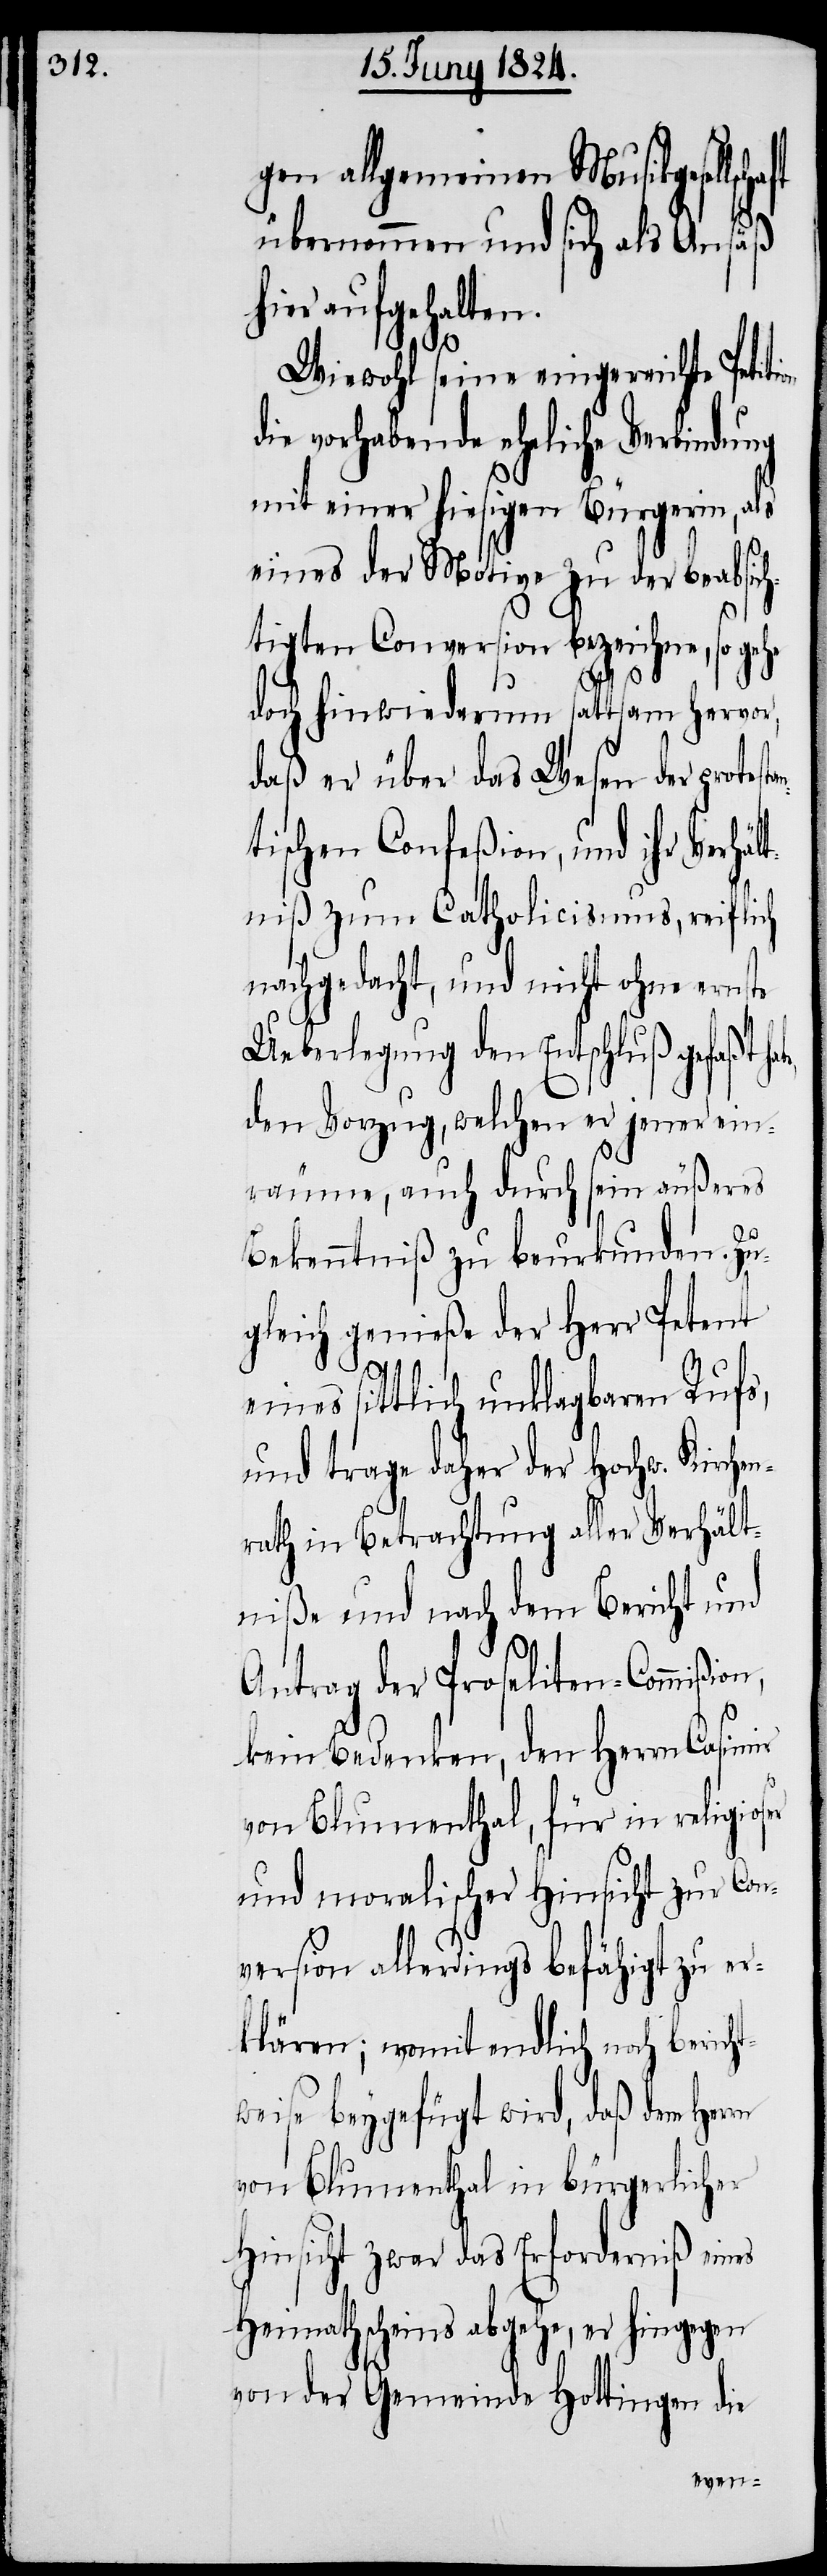
gen allgemeinen Musikgesellsc¬
übernommen und sich als Ansäß
hier aufgehalten.
Wiewohl seine eingereichte Petiti¬
ie vorhabende eheliche Verbindung
mit einer hiesigen Bürgerin, als
eines der Motive zu der beabsich¬
tigten Conversion bezeichne, so gehe
tan¬
doch hinwiederum sattsam hervor,
daß er über das Wesen der protes¬
tischen Confeßion, und ihr Verhäl¬
tniß zum Catholicismus, reiflich
nachgedacht, und nicht ohne ernste
Ueberlegung den Entschluß gefaßt
den Vorzug, welchen er jener ein¬
räume, auch durch sein äußeres
Bekenntniß zu beurkunden. Zu¬
gleich genieße der Herr Petent
eines sittlich unklagbaren Rufs,
und trage daher der Hochw. Kirche¬
nrath in Betrachtung aller Verhält¬
niße und nach dem Bericht und
Antrag der Proseliten-Commißio¬
n,
kein Bedenken, den Herrn Casimir
rn
von Blumenthal, für in religioser
und moralischer Hinsicht zur Con¬
version allerdings befähigt zu er¬
klären; womit endlich noch bericht¬
weise beygefügt wird, daß dem Her¬
von Blumenthal in bürgerlicher
Hinsicht zwar das Erforderniß eines
Heimathscheins abgehe, er hingegen
von der Gemeinde Hottingen die